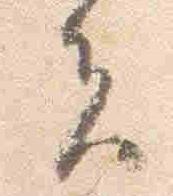
夫